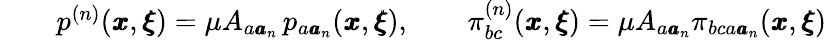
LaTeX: \begin{array}{rlr}&{}&{p^{(n)}({\pmb x},{\pmb\xi})=\mu A_{a{\pmb a}_{n}}\, p_{a{\pmb a}_{n}}({\pmb x},{\pmb\xi}),\qquad\pi_{bc}^{(n)}({\pmb x},{\pmb\xi})=\mu A_{a{\pmb a}_{n}}\pi_{bca{\pmb a}_{n}}({\pmb x},{\pmb\xi})}\end{array}